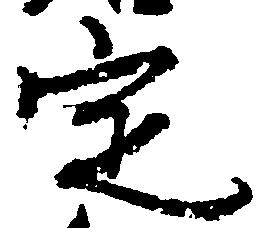
定